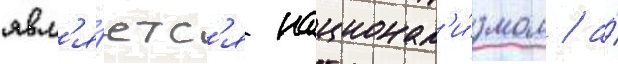
явл'я́етс'я национал'и́змом / а́